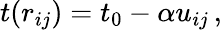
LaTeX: \begin{array}{r}{t(r_{ij})=t_{0}-\alpha u_{ij}\, ,}\end{array}